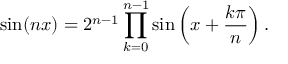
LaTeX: \sin ( n x ) = 2 ^ { n - 1 } \prod _ { k = 0 } ^ { n - 1 } \sin \left( x + { \frac { k \pi } { n } } \right) .